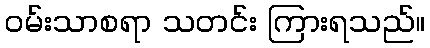
ဝမ်းသာစရာ သတင်း ကြားရသည်။